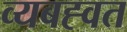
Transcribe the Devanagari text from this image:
व्यबह्वत